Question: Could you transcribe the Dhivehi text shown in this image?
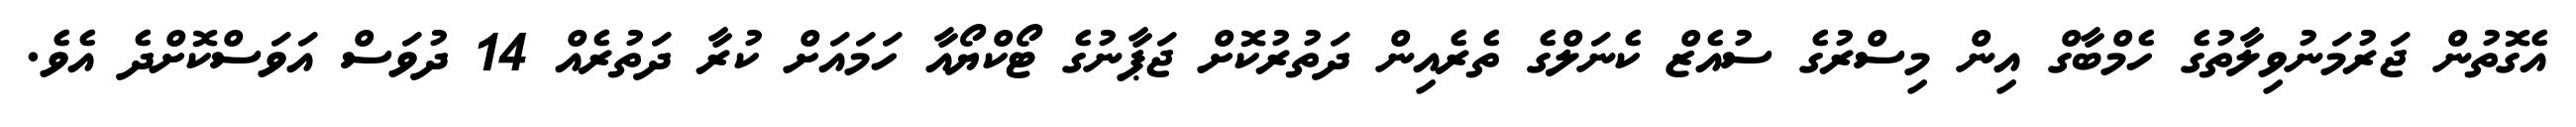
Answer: އެގޮތުން ޖަރުމަނުވިލާތުގެ ހެމްބާގް އިން މިސްރުގެ ސުއެޒް ކެނަލްގެ ތެރެއިން ދަތުރުކޮށް ޖަޕާނުގެ ޓޯކްޔޯއާ ހަމައަށް ކުރާ ދަތުރެއް 14 ދުވަސް އަވަސްކޮށްދެ އެވެ.